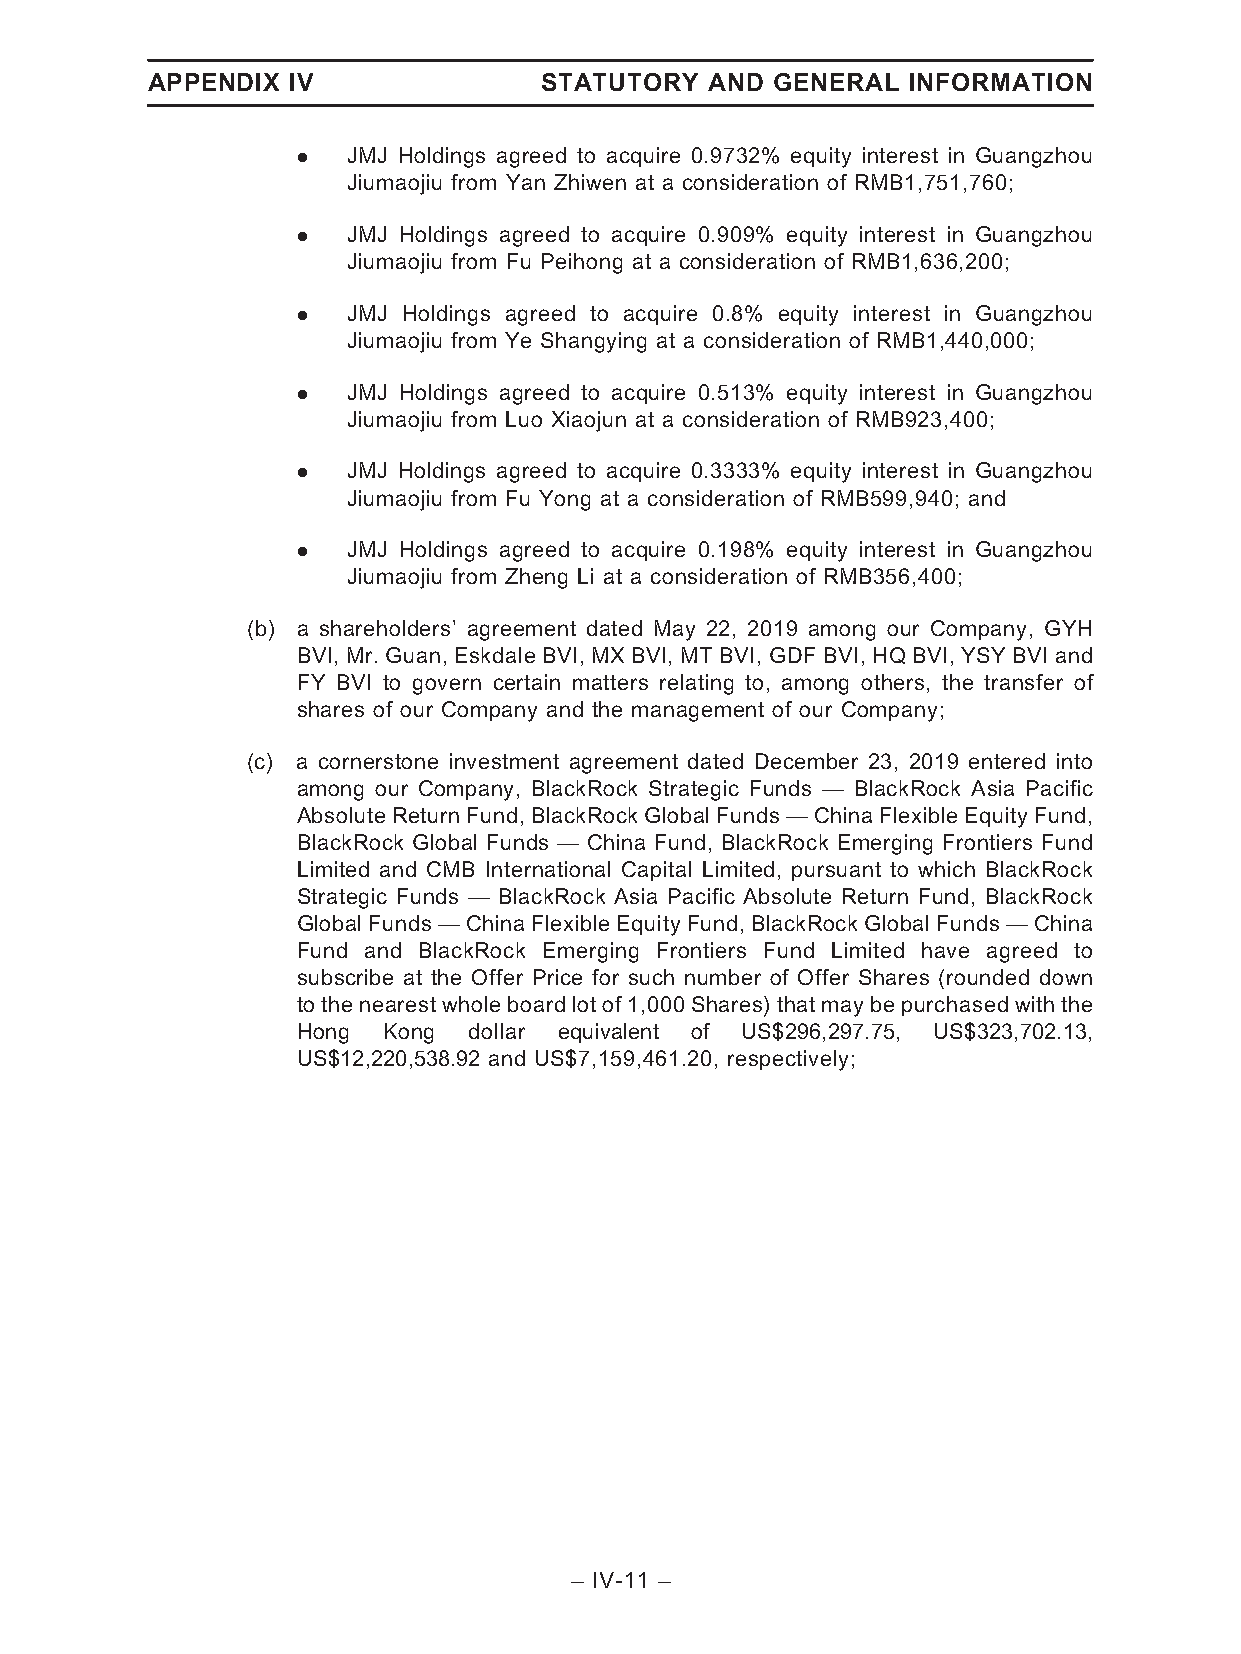
APPENDIX IV               STATUTORY  AND GENERAL  INFORMATION
 .  JMJ Holdings agreed to acquire 0.9732% equity interest in Guangzhou
 Jiumaojiu from Yan Zhiwen at a consideration of RMB1,751,760;
 .  JMJ Holdings agreed to acquire 0.909% equity interest in Guangzhou
 Jiumaojiu from Fu Peihong at a consideration of RMB1,636,200;
 .  JMJ Holdings agreed to acquire 0.8% equity interest in Guangzhou
 Jiumaojiu from Ye Shangying at a consideration of RMB1,440,000;
 .  JMJ Holdings agreed to acquire 0.513% equity interest in Guangzhou
 Jiumaojiu from Luo Xiaojun at a consideration of RMB923,400;
 .  JMJ Holdings agreed to acquire 0.3333% equity interest in Guangzhou
 Jiumaojiu from Fu Yong at a consideration of RMB599,940; and
 .  JMJ Holdings agreed to acquire 0.198% equity interest in Guangzhou
 Jiumaojiu from Zheng Li at a consideration of RMB356,400;
 (b) a shareholders’ agreement dated May 22, 2019 among our Company, GYH
 BVI, Mr. Guan, Eskdale BVI, MX BVI, MT BVI, GDF BVI, HQ BVI, YSY BVI and
 FY BVI to govern certain matters relating to, among others, the transfer of
 shares of our Company and the management of our Company;
 (c) a cornerstone investment agreement dated December 23, 2019 entered into
 among our Company, BlackRock Strategic Funds — BlackRock Asia Pacific
 AbsoluteReturnFund,BlackRockGlobalFunds—ChinaFlexibleEquityFund,
 BlackRock Global Funds — China Fund, BlackRock Emerging Frontiers Fund
 Limited and CMB International Capital Limited, pursuant to which BlackRock
 Strategic Funds — BlackRock Asia Pacific Absolute Return Fund, BlackRock
 GlobalFunds—ChinaFlexibleEquityFund,BlackRockGlobalFunds—China
 Fund and BlackRock Emerging Frontiers Fund Limited have agreed to
 subscribe at the Offer Price for such number of Offer Shares (rounded down
 to the nearest whole board lot of 1,000 Shares) that maybe purchased with the
 Hong Kong  dollar equivalent of US$296,297.75, US$323,702.13,
 US$12,220,538.92 and US$7,159,461.20, respectively;
 – IV-11 –